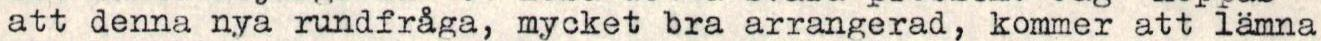
att denna nya rundfråga, mycket bra arrangerad, kommer att lämna